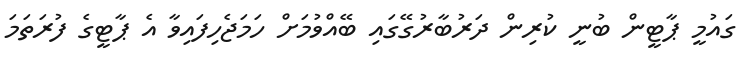
ގައުމީ ޕާޓީން ބުނީ ކުރިން ދަރުބާރުގޭގައި ބޭއްވުމަށް ހަމަޖެހިފައިވާ އެ ޕާޓީގެ ފުރަތަމަ